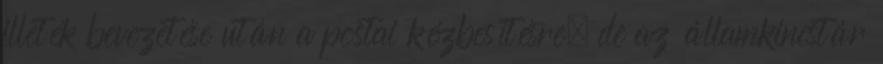
illeték bevezetése után a postai kézbesítésre, de az államkincstár